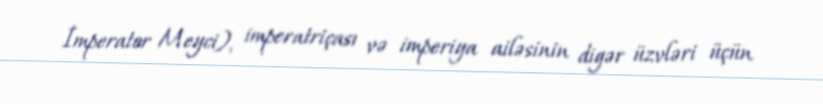
İmperator Meyci), imperatriçası və imperiya ailəsinin digər üzvləri üçün